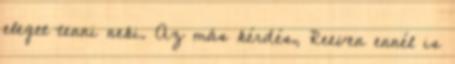
eleget tenni neki. Az más kérdés, Reeven ennél is